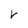
Character: V